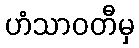
ဟံသာဝတီမှ